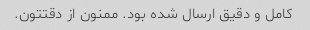
کامل و دقیق ارسال شده بود. ممنون از دقتتون.